Leaving Certificate Examination, 1911
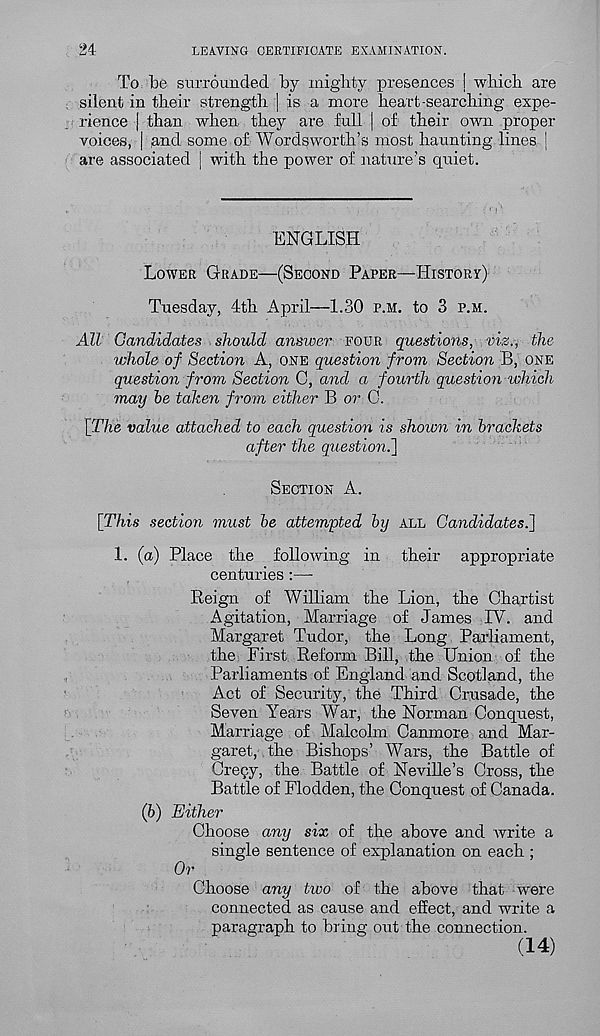
24
LEAVING CERTIFICATE EXAMINATION.
To be surrounded by mighty presences I which are
silent in their strength | is a more heart-searching expe-
rience | than when they are full | of their own proper
voices, | sand some of Wordsworth’s most haunting lines |
are associated J with the power of nature’s quiet.
ENGLISH
LOWER GRADE—(SECOND PAPER—HISTORY)
Tuesday, 4th April—1.30 P.M. to 3 P.M.
All Candidates should answer FOUR questions, viz., the
whole of Section A, ONE question from Section B, ONE
question from Section C, and a fourth question which
may be taken from either B or 0.
[The value attached to each question is shown in brackets
after the question.']
SECTION A.
[This section must be attempted by ALL Candidates.]
1. (a) Place the following in their appropriate
centuries :—
Reign of William the Lion, the Chartist
Agitation, Marriage of James IV. and
Margaret Tudor, the Long Parliament,
the First Reform Bill, the Union of the
Parliaments of England and Scotland, the
Act of Security, the Third Crusade, the
Seven Years War, the Norman Conquest,
Marriage of Malcolm Canmore and Mar-
garet, the Bishops’ Wars, the Battle of
Cregy, the Battle of Neville’s Cross, the
Battle of Flodden, the Conquest of Canada.
(6) Either
Choose any six of the above and Avrite a
single sentence of explanation on each ;
Or
Choose any two of the above that were
connected as cause and effect, and write a
paragraph to bring out the connection.
(14)